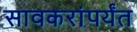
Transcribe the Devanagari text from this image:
सावकरांपर्यंत